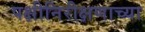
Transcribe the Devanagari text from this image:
पक्षीनिरीक्षणाच्या